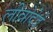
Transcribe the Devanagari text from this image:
लीव्रोदेई